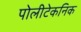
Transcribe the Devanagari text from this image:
पोलीटेकनिक